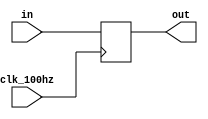
module delay(in,out,clk_100hz);
	input clk_100hz;
	input [1:0]in;
	output [1:0]out;
	reg [1:0]out;
	always @ (posedge clk_100hz)
	begin
		out<=in;
	end
endmodule